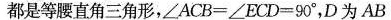
都是等腰直角三角形，$$∠ A C B = ∠ E C D = 9 0 °$$，D为AB